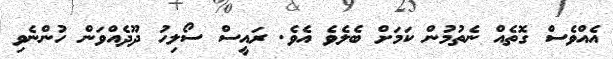
އެއްވެސް ގޮތެއް ނެތުމުން ކަމަށް ބެލެވެ އެވެ. ރައީސް ސޯލިހު ދޫދެއްވަން ހުންނެވި